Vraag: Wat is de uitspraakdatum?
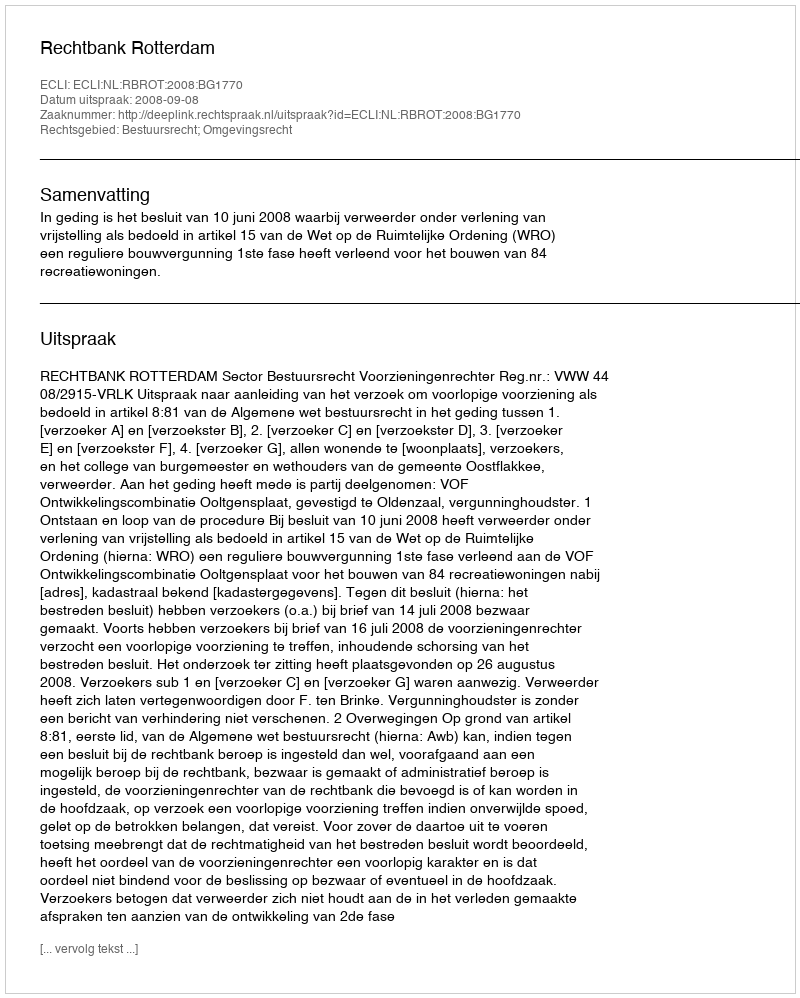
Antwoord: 2008-09-08